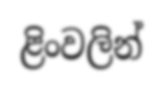
ළිංවලින්